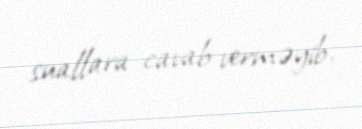
suallara cavab verməyib.